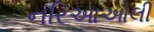
નરિઆઓલી